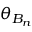
\theta _ { B _ { n } }